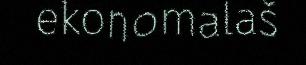
ekonomalaš